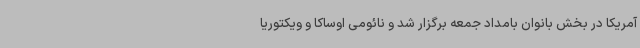
آمریکا در بخش بانوان بامداد جمعه برگزار شد و نائومی اوساکا و ویکتوریا